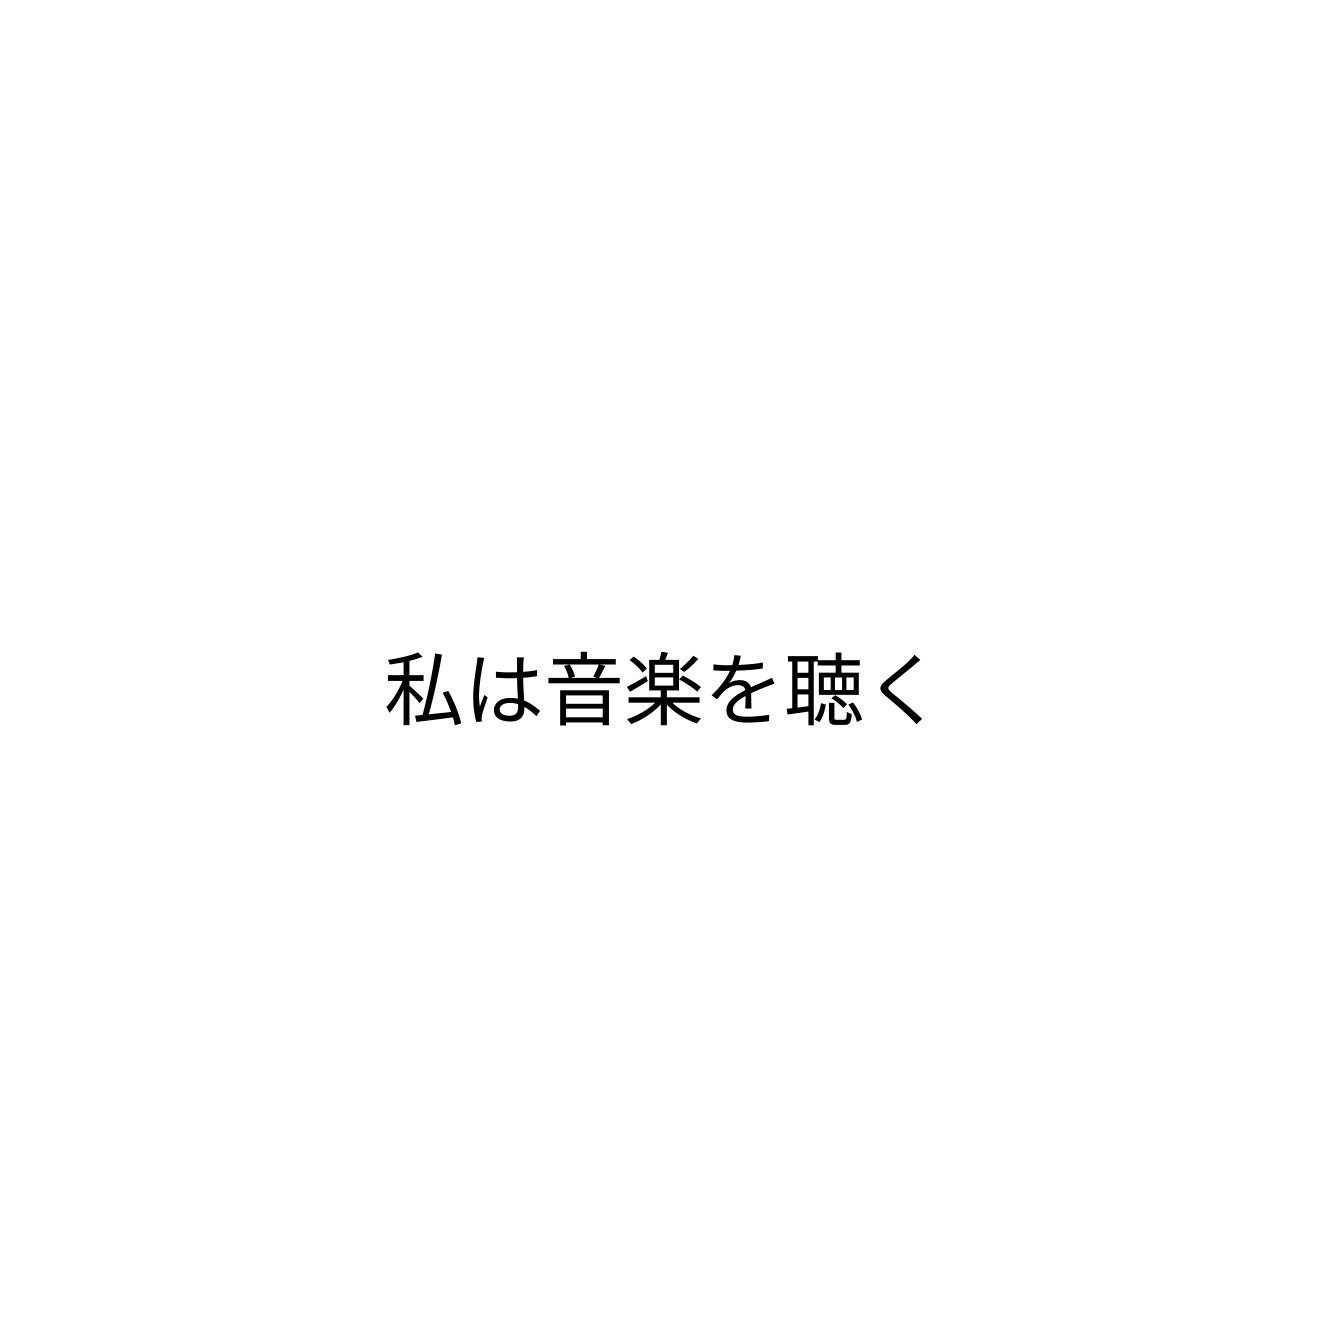
私は音楽を聴く